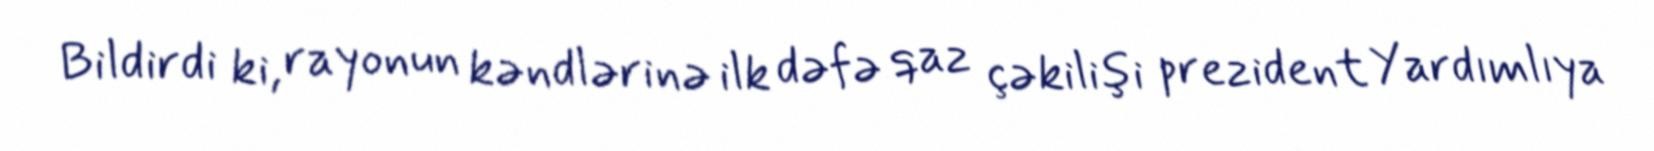
Bildirdi ki, rayonun kəndlərinə ilk dəfə qaz çəkilişi prezident Yardımlıya